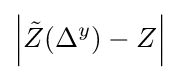
\left|{\tilde {Z}}(\Delta ^{y})-Z\right|